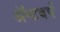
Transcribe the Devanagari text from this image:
ॲन्टवर्प